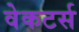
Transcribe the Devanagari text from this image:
वेकटर्स